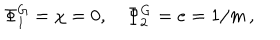
\Phi _ { 1 } ^ { \mathrm { G } } = \chi = 0 , \, \, \, \, \, \, \Phi _ { 2 } ^ { \mathrm { G } } = e = 1 / m \, ,